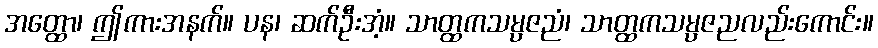
အတ္ထော၊ ဤကားအနက်။ ပန၊ ဆက်ဦးအံ့။ သာတ္ထကသမ္ပဇညံ၊ သာတ္ထကသမ္ပဇညလည်းကောင်း။